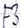
Text: F3